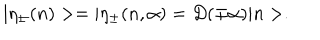
LaTeX: | \eta _ { \pm } ( n ) > = | \eta _ { \pm } ( n , \alpha ) = D ( \mp \alpha ) | n > .